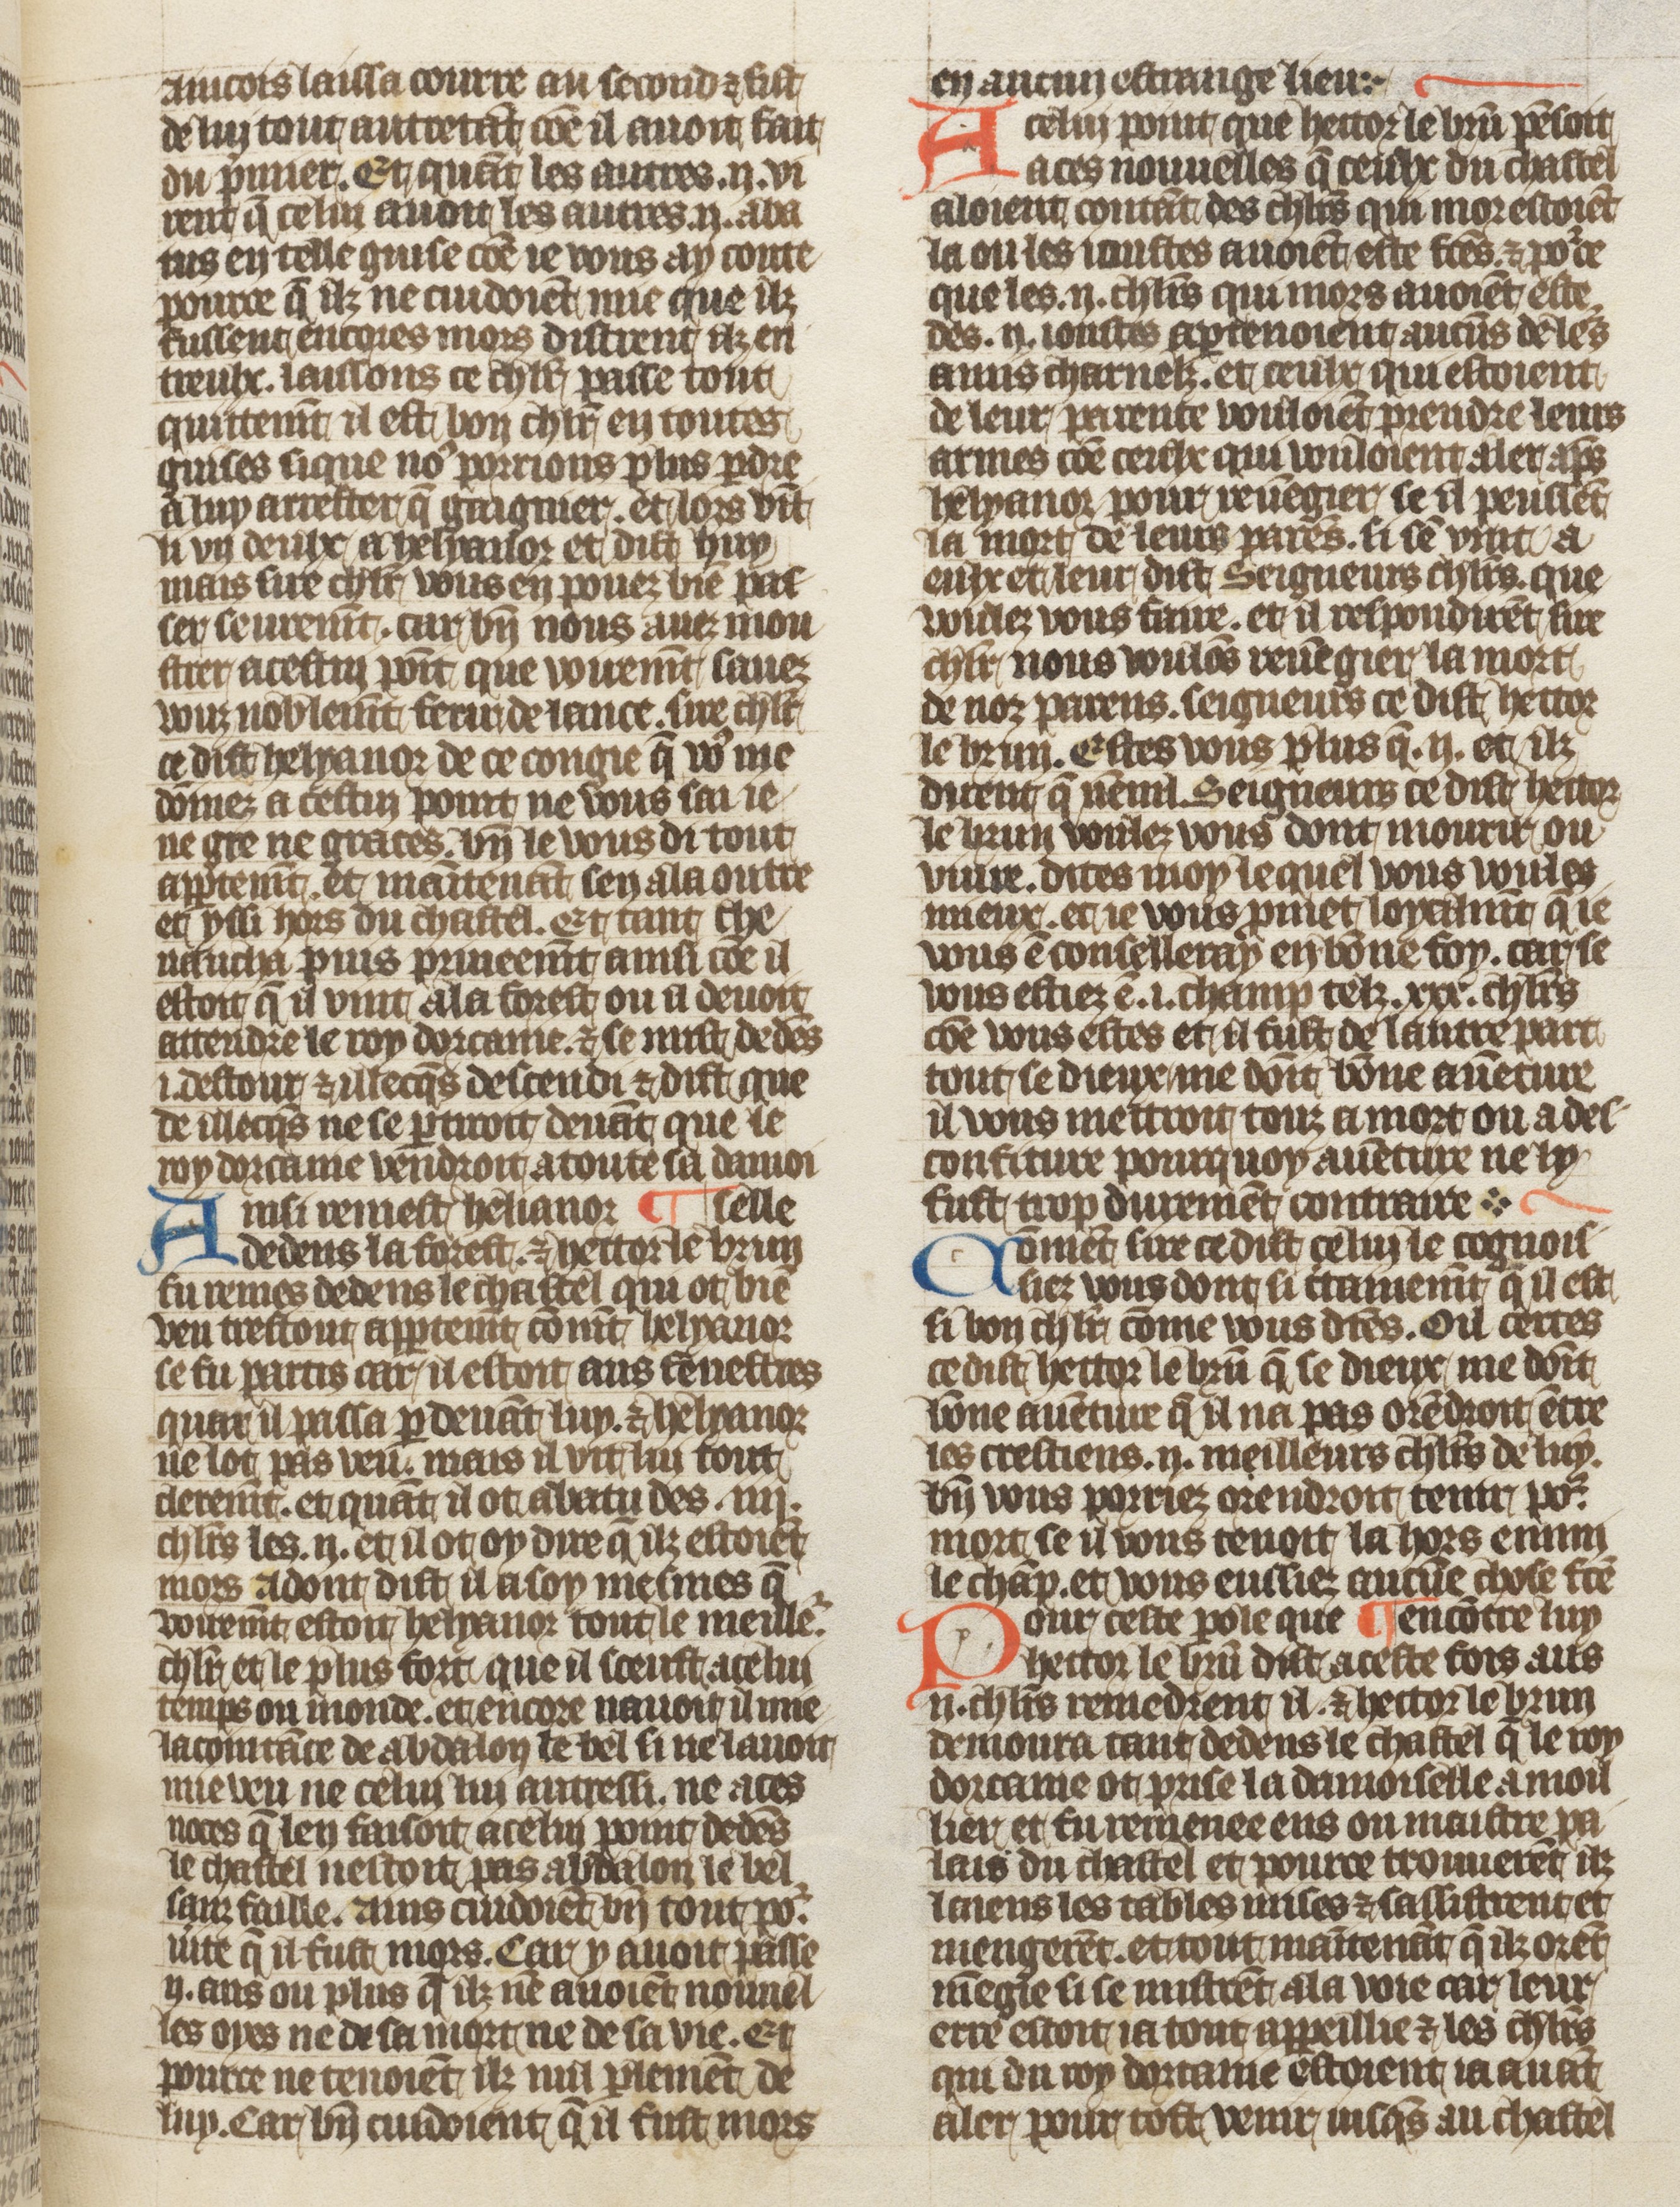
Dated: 1410–1430